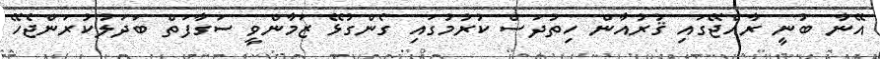
އޭނާ ބުނީ ރާއްޖޭގައި ޤުރުއާން ހިތުދަސް ކުރުމުގައި ގެންގުޅޭ ޒަމާންވީ ސަގާފަތް ބަދަލުކުރަންޖެހޭ